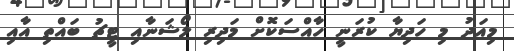
މިއަދު މި ހަދިޔާ ކުރަނީ ހާއްސަކޮށް މަދިރި ލޯޝަނާއި ޓީޗު ބައްތި އާއި